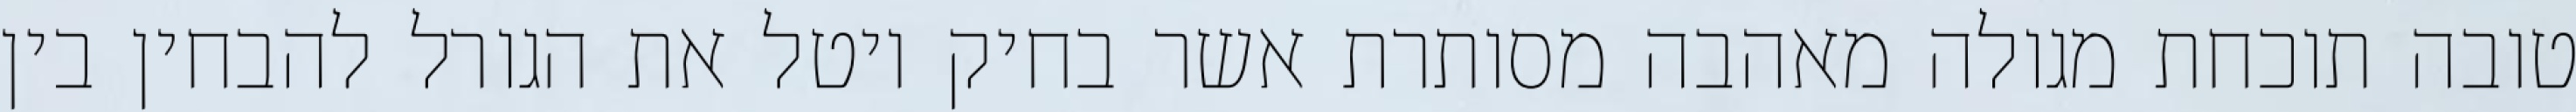
טובה תוכחת מגולה מאהבה מסותרת אשר בחיק יוטל את הגורל להבחין בין